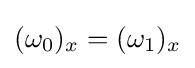
(\omega _{0})_{x}=(\omega _{1})_{x}